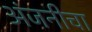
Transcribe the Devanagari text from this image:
अंजनीचा